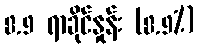
8.9 ရာခိုင်နှုန်း (8.9%)